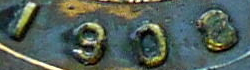
1908